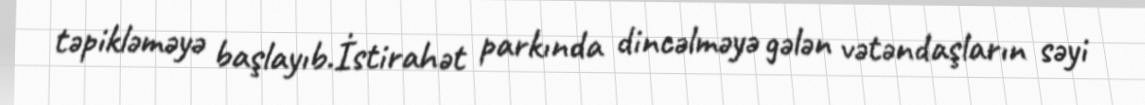
təpikləməyə başlayıb.İstirahət parkında dincəlməyə gələn vətəndaşların səyi